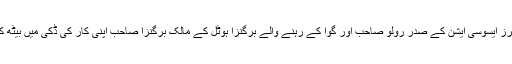
پاکستان اینگلرز ایسوسی ایشن کے صدر رولو صاحب اور گوا کے رہنے والے برگنزا ہوٹل کے مالک برگنزا صاحب اپنی کار کی ڈکی میں بیٹھ کر آتے تھے۔